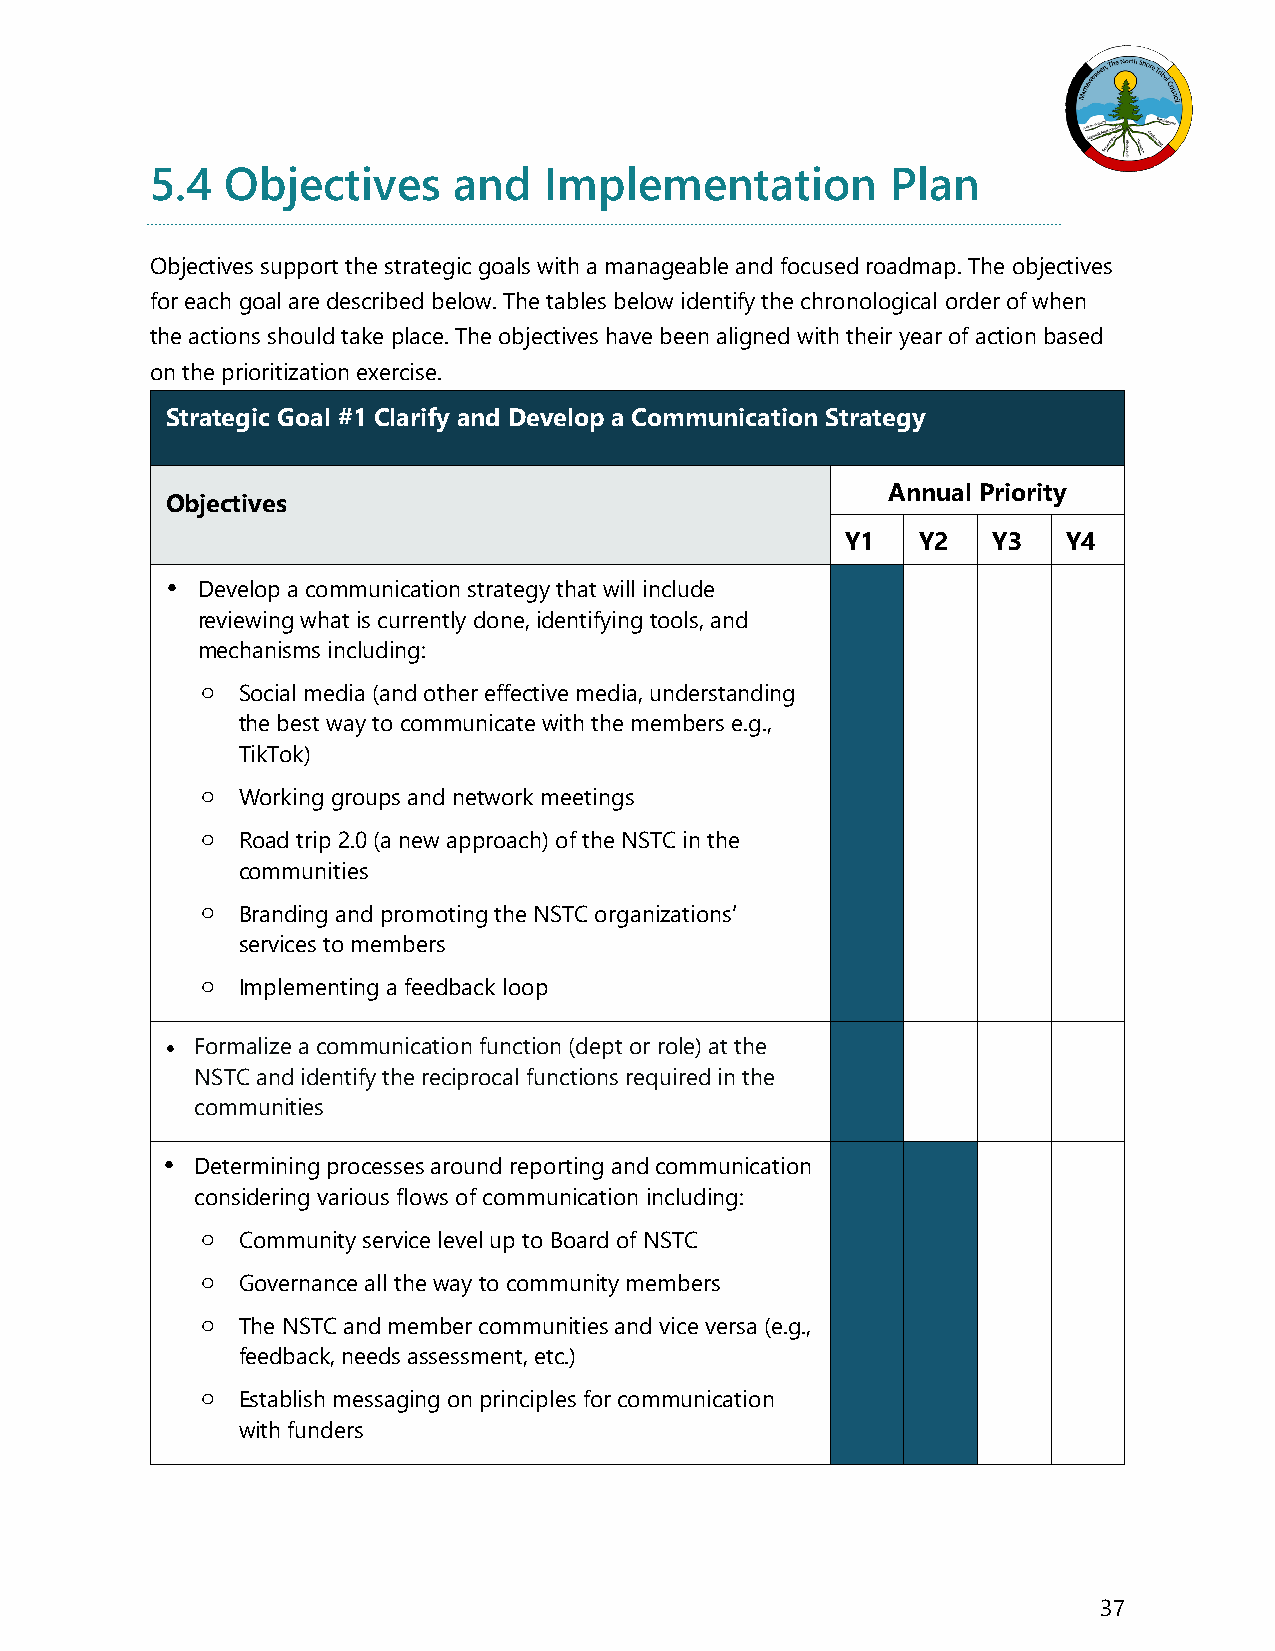
5.4  Objectives     and   Implementation         Plan
 Objectives support the strategic goals with a manageable and focused roadmap. The objectives
 for each goal are described below. The tables below identify the chronological order of when
 the actions should take place. The objectives have been aligned with their year of action based
 on the prioritization exercise.
 Strategic Goal #1 Clarify and Develop a Communication Strategy
 Annual Priority
 Objectives
 Y1   Y2   Y3   Y4
 • Develop a communication strategy that will include
 reviewing what is currently done, identifying tools, and
 mechanisms including:
 o  Social media (and other effective media, understanding
 the best way to communicate with the members e.g.,
 TikTok)
 o  Working groups and network meetings
 o  Road trip 2.0 (a new approach) of the NSTC in the
 communities
 o  Branding and promoting the NSTC organizations’
 services to members
 o  Implementing a feedback loop
  Formalize a communication function (dept or role) at the
 NSTC and identify the reciprocal functions required in the
 communities
 • Determining processes around reporting and communication
 considering various flows of communication including:
 o  Community service level up to Board of NSTC
 o  Governance all the way to community members
 o  The NSTC and member communities and vice versa (e.g.,
 feedback, needs assessment, etc.)
 o  Establish messaging on principles for communication
 with funders
 37